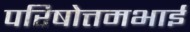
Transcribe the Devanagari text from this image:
परिषोत्तमभाई